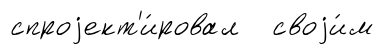
спроjект'и́ровал своjи́м